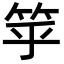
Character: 𥬏